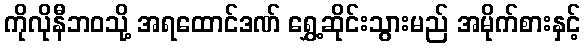
ကိုလိုနီဘဝသို့ အရထောင်ဒဏ် ရွှေ့ဆိုင်းသွားမည် အမိုက်စားနှင့်